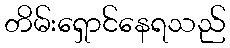
တိမ်းရှောင်နေရသည်